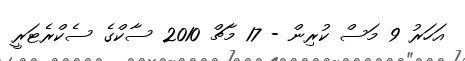
އަހަރު 9 މަސް ކުރިން - 17 މާޗް 2010 ސާކްގެ ސެކްރެޓަރީ